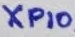
Text: XP10